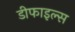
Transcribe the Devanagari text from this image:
डीफाइल्स